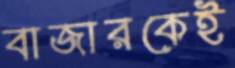
বাজারকেই